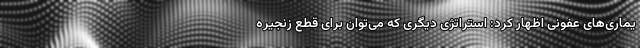
یماری‌های عفونی اظهار کرد: استراتژی دیگری که می‌توان برای قطع زنجیره